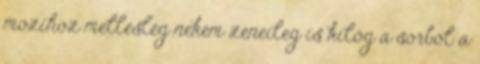
mozihoz mellesleg nekem zeneileg is kilóg a sorból a